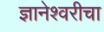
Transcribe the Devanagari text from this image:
ज्ञानेश्‍वरीचा